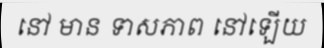
នៅ មាន ទាសភាព នៅឡើយ